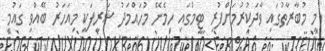
މި މުބާރާތުގައި ވާދަކުރުމަށްފުރި ޓީމުގައި ހިމެނޭ މުހައްމަދު ޝަރީފަކީ މިއަހަރު ބޭއްވި ގައުމީ